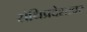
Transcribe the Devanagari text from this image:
संधिप्रदेशावर